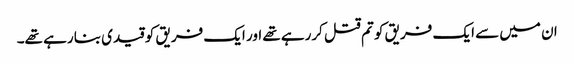
ان میں سے ایک فریق کو تم قتل کررہے تھے اور ایک فریق کو قیدی بنا رہے تھے۔